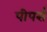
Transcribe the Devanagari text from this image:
पीपर्स